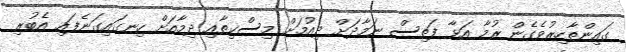
ގައިންތާހިރުވެގެން ރުމާ އަޅާ ފަތިސް ނަމާދަށް ދިއުމަށް މިސްކިތާއި ދިމާއަށް ހިނގައިގަނެފައި އެބުރި